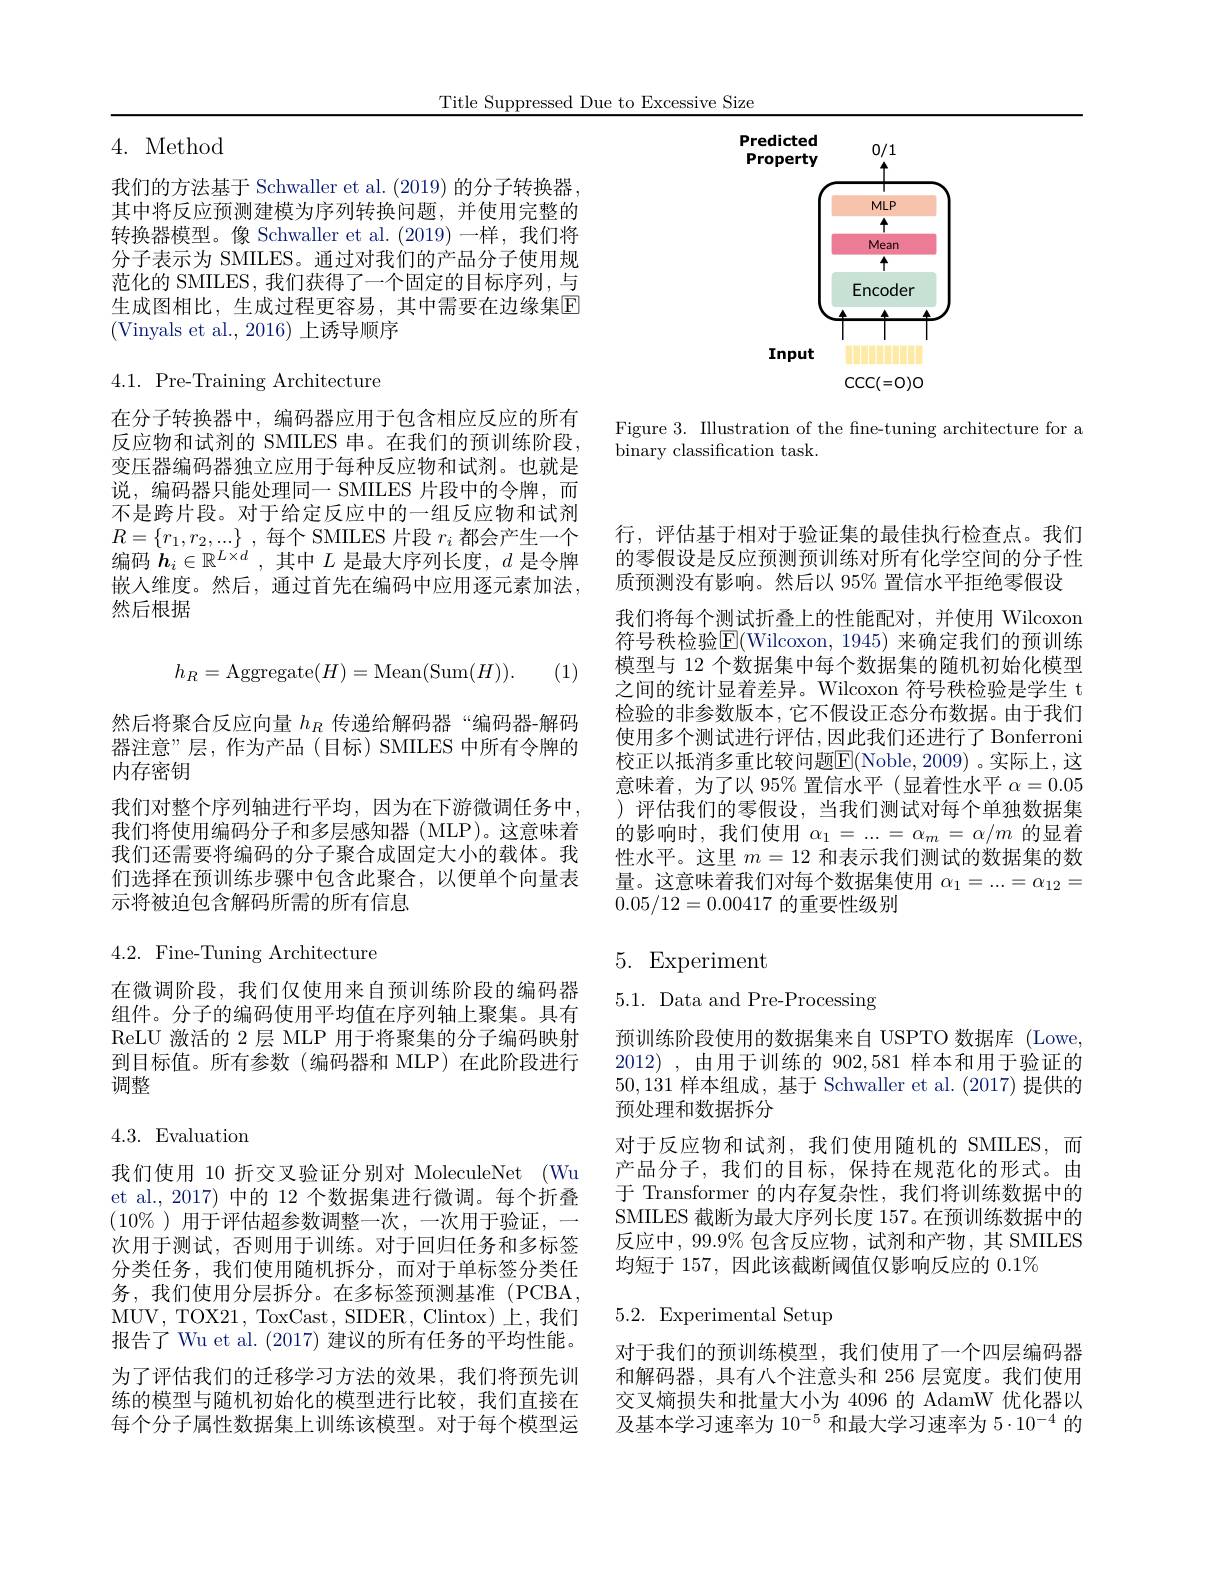
Title Suppressed Due to Excessive Size

<FigureHere>

Figure 3. Illustration of the fne-tuning architecture for a
binary classification task.

4. Method

我们的方法基于 Schwaller et al. (2019) 的分子转换器， 其中将反应预测建模为序列转换问题，并使用完整的转换器模型。像 Schwaller et al.(2019)一样，我们将分子表示为 SMILES。通过对我们的产品分子使用规范化的 SMILES, 我们获得了一个固定的目标序列，与生成图相比，生成过程更容易，其中需要在边缘集E (Vinyals et al.,2016)上诱导顺序

$4.1.{\mathrm{~Pre-Training~Architecture}}$

在分子转换器中，编码器应用于包含相应反应的所有反应物和试剂的 SMILES 串。在我们的预训练阶段， 变压器编码器独立应用于每种反应物和试剂。也就是说，编码器只能处理同一 SMILES 片段中的令牌，而不是跨片段。对于给定反应中的一组反应物和试剂$R= \{ r_{1}, r_{2}, . . . \}$ , 每个 SMILES 片段 $r_i$ 都会产生一个编码$\boldsymbol{h}_i\in\mathbb{R}^{L\times d}$,其中$L$是最大序列长度，$d$是令牌嵌入维度。然后，通过首先在编码中应用逐元素加法， 然后根据
$$h_R=\mathrm{Aggregate}(H)=\mathrm{Mean}(\mathrm{Sum}(H)).$$
(1)

然后将聚合反应向量$h_R$传递给解码器“编码器-解码器注意”层，作为产品(目标)SMILES 中所有令牌的内存密钥
我们对整个序列轴进行平均，因为在下游微调任务中， 我们将使用编码分子和多层感知器(MLP)。这意味着我们还需要将编码的分子聚合成固定大小的载体。我们选择在预训练步骤中包含此聚合，以便单个向量表示将被迫包含解码所需的所有信息

$4.2.{\mathrm{~Fine-Tuning~Architecture}}$

在微调阶段，我们仅使用来自预训练阶段的编码器组件。分子的编码使用平均值在序列轴上聚集。具有ReLU 激活的 2 层 MLP 用于将聚集的分子编码映射到目标值。所有参数(编码器和 MLP)在此阶段进行调整

4.3. Evaluation

我们使用 10 折交叉验证分别对 MoleculeNet (Wu et al., 2017) 中的 12 个数据集进行微调。每个折叠$(10\%)$用于评估超参数调整一次，一次用于验证，一次用于测试，否则用于训练。对于回归任务和多标签分类任务，我们使用随机拆分，而对于单标签分类任务，我们使用分层拆分。在多标签预测基准(PCBA, MUV, TOX21, ToxCast, SIDER, Clintox) 上 , 我 们 报告了 Wu et al. (2017) 建议的所有任务的平均性能。为了评估我们的迁移学习方法的效果，我们将预先训练的模型与随机初始化的模型进行比较，我们直接在每个分子属性数据集上训练该模型。对于每个模型运

行，评估基于相对于验证集的最佳执行检查点。我们的零假设是反应预测预训练对所有化学空间的分子性质预测没有影响。然后以 95% 置信水平拒绝零假设
我们将每个测试折叠上的性能配对，并使用 Wilcoxon 符号秩检验$\operatorname{E}($Wilcoxon, 1945) 来确定我们的预训练模型与 12 个数据集中每个数据集的随机初始化模型之间的统计显着差异。Wilcoxon 符号秩检验是学生 t 检验的非参数版本，它不假设正态分布数据。由于我们使用多个测试进行评估，因此我们还进行了 Bonferroni 校正以抵消多重比较问题$\overline{\mathrm{E}}($Noble,2009)。实际上，这意味着，为了以 95% 置信水平 (显着性水平$\alpha=0.05$ )评估我们的零假设，当我们测试对每个单独数据集的影响时，我们使用$\alpha_1=...=\alpha_m=\alpha/m$的显着性水平。这里$m=12$和表示我们测试的数据集的数量。这意味着我们对每个数据集使用$\alpha_1=...=\alpha_{12}=$ 0.05/12=0.00417的重要性级别

# 5. Experiment

5.1. Data and Pre-Processing

预训练阶段使用的数据集来自 USPTO 数据库 (Lowe, 2012) ,由用于训练的 902,581样本和用于验证的50,131样本组成，基于 Schwaller et al. (2017) 提供的预处理和数据拆分
对于反应物和试剂，我们使用随机的 SMILES,而产品分子，我们的目标，保持在规范化的形式。由于 Transformer 的内存复杂性，我们将训练数据中的SMILES 截断为最大序列长度 157。在预训练数据中的反应中，99.9% 包含反应物，试剂和产物，其 SMILES 均短于 157,因此该截断阈值仅影响反应的$0.1\%$

# 5.2.Experimental Setup

对于我们的预训练模型，我们使用了一个四层编码器和解码器，具有八个注意头和 256 层宽度。我们使用交叉熵损失和批量大小为 4096 的 AdamW 优化器以及基本学习速率为$10^-5$和最大学习速率为$5\cdot10^-4$的